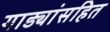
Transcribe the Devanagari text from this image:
गाड्यांसहित